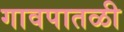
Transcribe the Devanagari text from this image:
गावपातळी